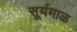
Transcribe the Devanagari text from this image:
सूर्यमाळ